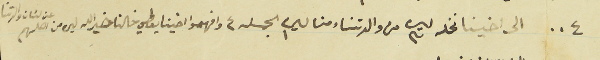
٠٠٤ الى اخينا نخله ليره ٣ من والدتنا ومنا ليره ١ الجمله ٤ وافهموا اخينا يعطي خالنا خيرالله ليره من اصلهم عن لسَان والدتنا